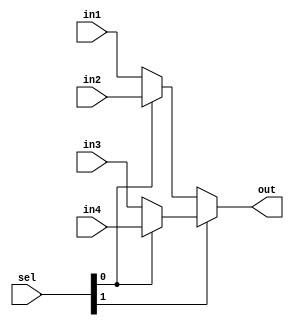
module mux4(out, in1, in2, in3, in4, sel);
    input [31:0] in1, in2, in3, in4;
        //in1 = 00
        //in2 = 01
        //in3 = 10
        //in4 = 11
    input [1:0] sel;
    output [31:0] out;

    wire [31:0] part1, part2;

    assign part1 = sel[0] ? in2 : in1;
    assign part2 = sel[0] ? in4 : in3;

    assign out = sel[1] ? part2 : part1;

endmodule